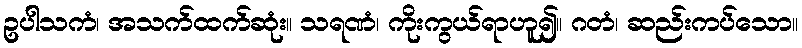
ဥပါသကံ၊ အသက်ထက်ဆုံး။ သရဏံ၊ ကိုးကွယ်ရာဟူ၍။ ဂတံ၊ ဆည်းကပ်သော။